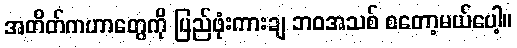
အတိတ်ကဟာတွေကို ပြည်ဖုံးကားချ ဘဝအသစ် စတော့မယ်ပေါ့။